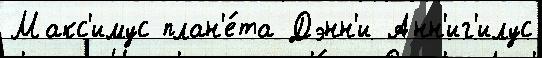
Макс'имус план'е́та Дэнн'и Анн'иг'илус